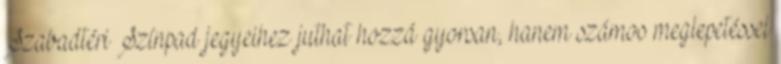
Szabadtéri Színpad jegyeihez juthat hozzá gyorsan, hanem számos meglepetéssel